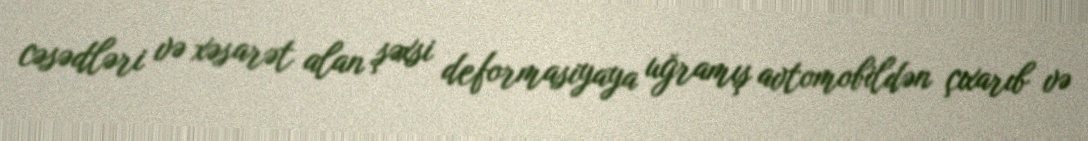
cəsədləri və xəsarət alan şəxsi deformasiyaya uğramış avtomobildən çıxarıb və